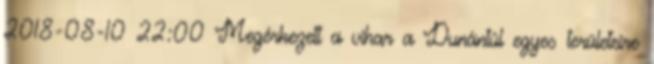
2018-08-10 22:00 Megérkezett a vihar a Dunántúl egyes területeire